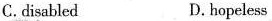
C. disabled D.hopeless